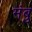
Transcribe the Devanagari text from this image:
मंबु